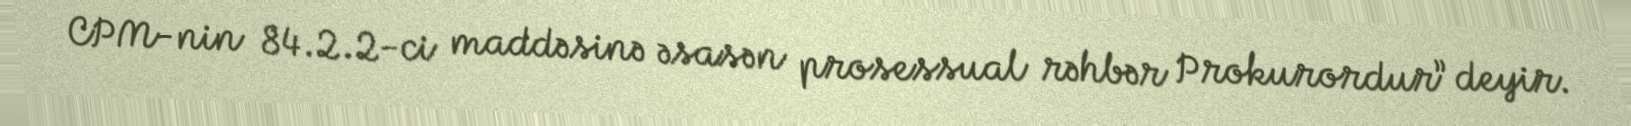
CPM-nin 84.2.2-ci maddəsinə əsasən prosessual rəhbər Prokurordur” deyir.